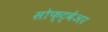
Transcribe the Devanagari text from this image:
सोफ्ट्वेअर